Elephants and their diseases
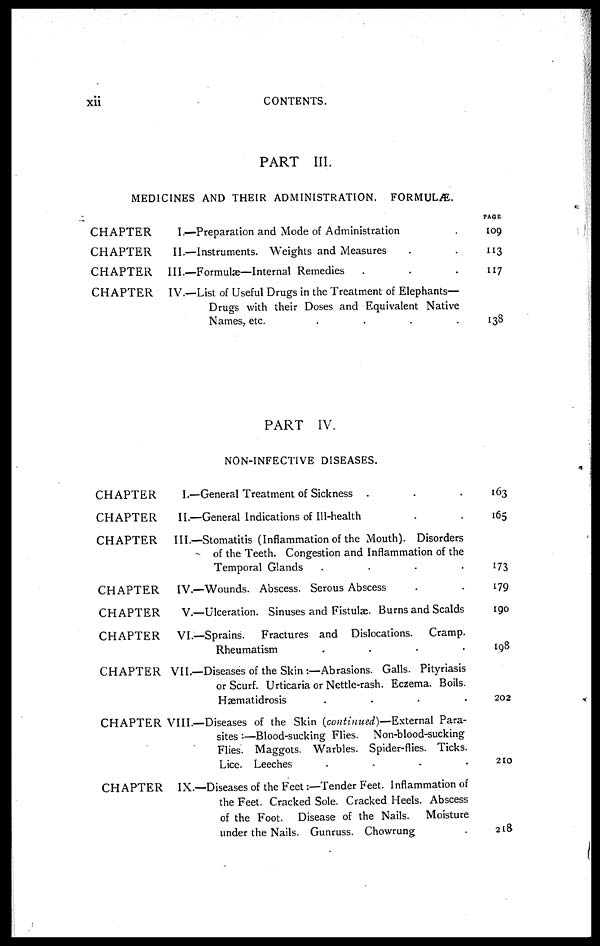
xii
CONTENTS.
PART III.
MEDICINES AND THEIR ADMINISTRATION. FORMULÆ.
CHAPTER
CHAPTER
CHAPTER
CHAPTER
I.—Preparation and Mode of Administration
II.—Instruments. Weights and Measures
III.—Formulæ—Internal Remedies
IV.—List of Useful Drugs in the Treatment of Elephants—
Drugs with their Doses and Equivalent Native
Names, etc.
....
PAGE
109
"3
117
138
PART IV.
NON-INFECTIVE DISEASES.
CHAPTER
CHAPTER
CHAPTER
CHAPTER
CHAPTER
CHAPTER
CHAPTER
CHAPTER
CHAPTER
I.—General Treatment of Sickness
II.—General Indications of Ill-health
III.—Stomatitis (Inflammation of the Mouth). Disorders
of the Teeth. Congestion and Inflammation of the
Temporal Glands
....
IV.—Wounds. Abscess. Serous Abscess
V.—Ulceration. Sinuses and Fistulæ. Burns and Scalds
VI.—Sprains
Fractures and Dislocations. Cramp.
Rheumatism
....
VII.—Diseases of the Skin :—Abrasions. Galls. Pityriasis
or Scurf. Urticaria or Nettle-rash. Eczema. Boils.
Hæmatidrosis
....
VIII.—Diseases of the Skin {continued)—External Para-
sites :—Blood-sucking Flies. Non-blood-sucking
Flies. Maggots. Warbles. Spider-flies. Ticks.
Lice. Leeches
....
IX.—Diseases of the Feet:—Tender Feet. Inflammation of
the Feet. Cracked Sole. Cracked Heels. Abscess
of the Foot. Disease of the Nails. Moisture
under the Nails. Gunruss. Chowrung
163
165
173
179
190
198
202
210
218